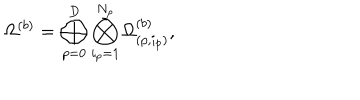
LaTeX: \Omega ^ { ( b ) } = \bigoplus _ { p = 0 } ^ { D } \bigotimes _ { i _ { p } = 1 } ^ { N _ { p } } \Omega _ { ( p , i _ { p } ) } ^ { ( b ) } ,